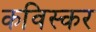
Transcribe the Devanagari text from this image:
कविस्कर